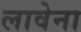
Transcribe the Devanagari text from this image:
लावेना